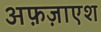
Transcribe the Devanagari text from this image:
अफ़ज़ाएश